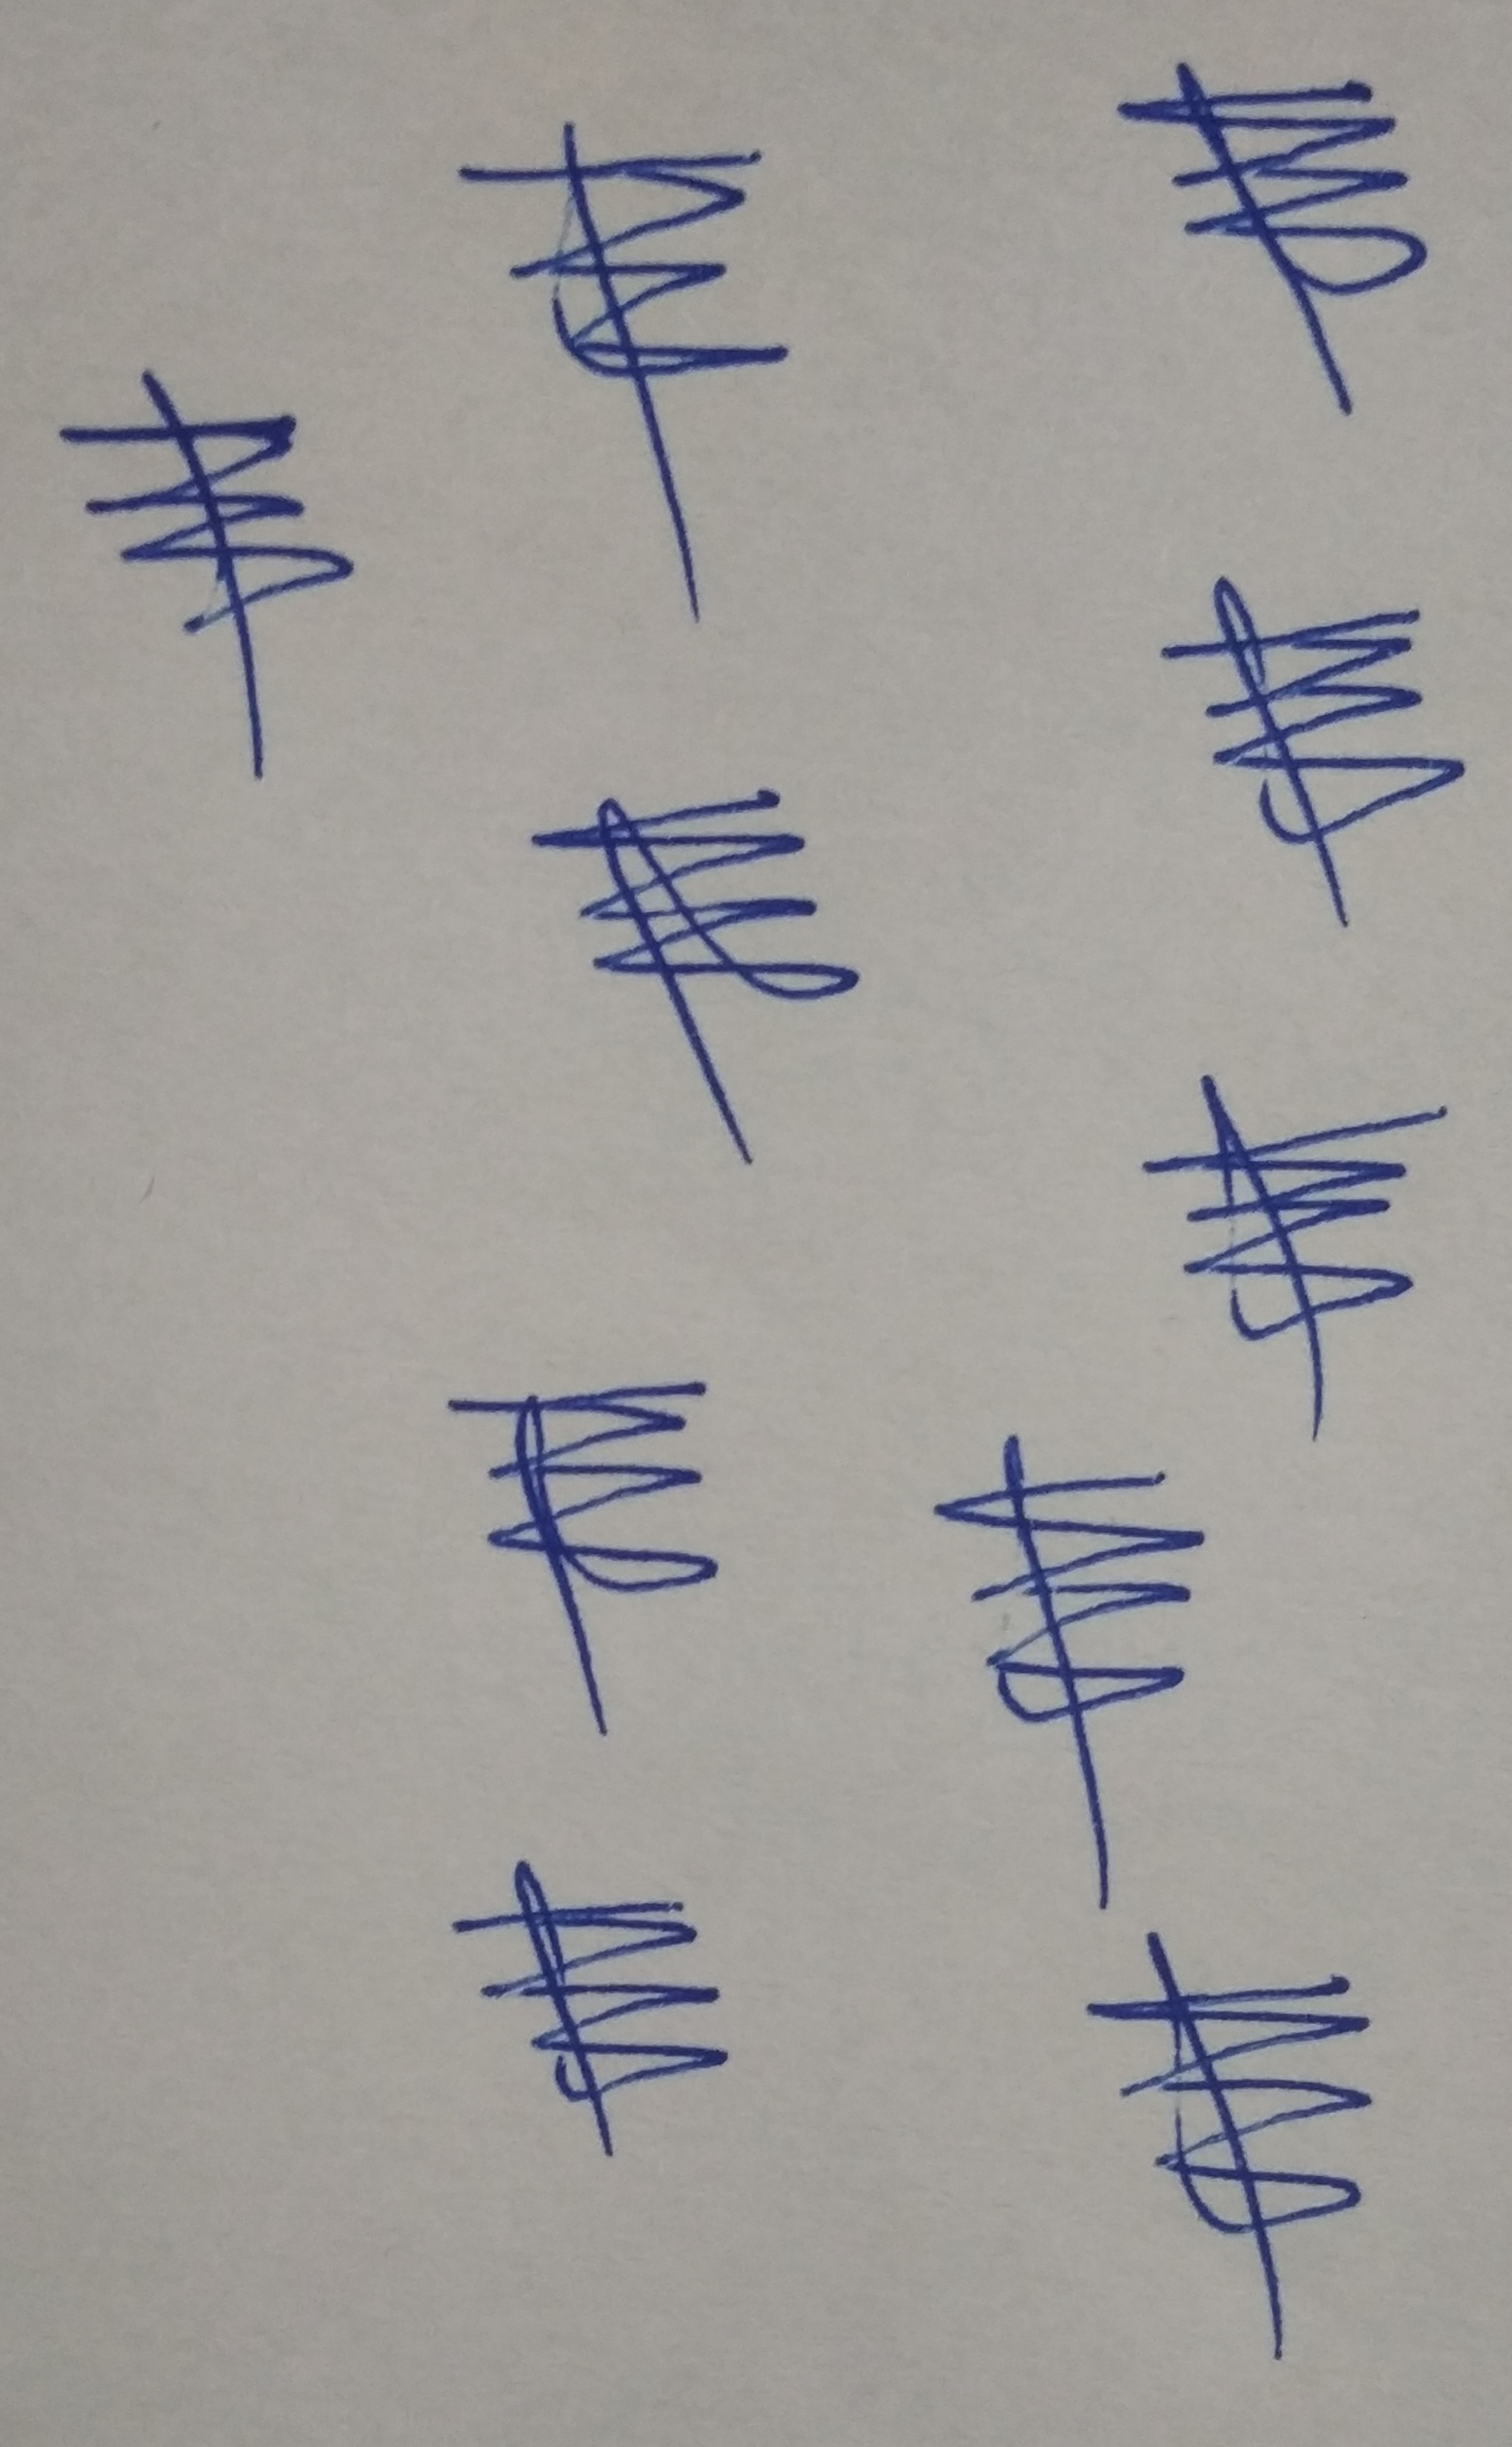
Signature authenticity: genuine